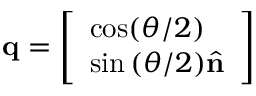
\mathbf { q } = \left[ \begin{array} { l } { \cos ( { \theta / 2 } ) } \\ { \sin { ( \theta / 2 ) } \hat { \mathbf { n } } } \end{array} \right]